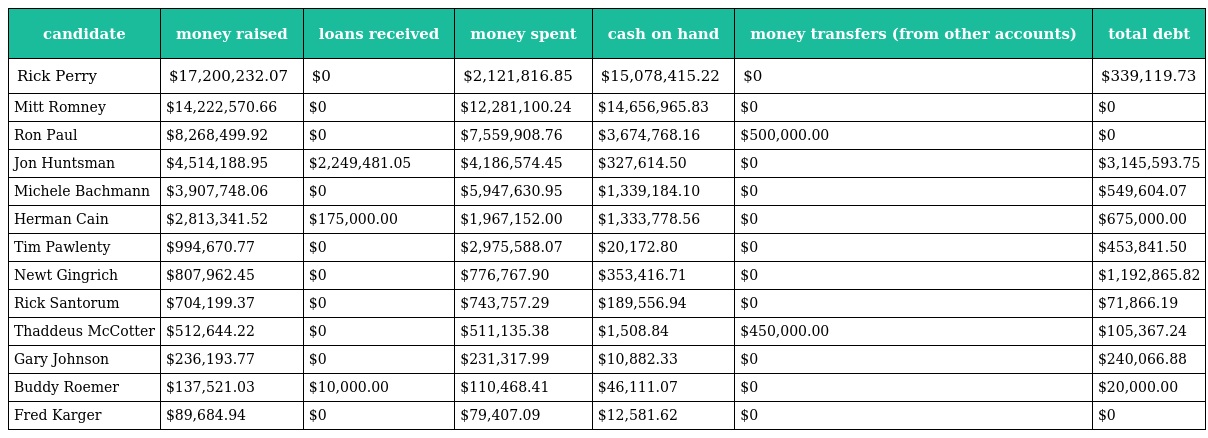
| candidate | money raised | loans received | money spent | cash on hand | money transfers (from other accounts) | total debt |
 | --- | --- | --- | --- | --- | --- | --- |
 | Rick Perry | $17,200,232.07 | $0 | $2,121,816.85 | $15,078,415.22 | $0 | $339,119.73 |
 | Mitt Romney | $14,222,570.66 | $0 | $12,281,100.24 | $14,656,965.83 | $0 | $0 |
 | Ron Paul | $8,268,499.92 | $0 | $7,559,908.76 | $3,674,768.16 | $500,000.00 | $0 |
 | Jon Huntsman | $4,514,188.95 | $2,249,481.05 | $4,186,574.45 | $327,614.50 | $0 | $3,145,593.75 |
 | Michele Bachmann | $3,907,748.06 | $0 | $5,947,630.95 | $1,339,184.10 | $0 | $549,604.07 |
 | Herman Cain | $2,813,341.52 | $175,000.00 | $1,967,152.00 | $1,333,778.56 | $0 | $675,000.00 |
 | Tim Pawlenty | $994,670.77 | $0 | $2,975,588.07 | $20,172.80 | $0 | $453,841.50 |
 | Newt Gingrich | $807,962.45 | $0 | $776,767.90 | $353,416.71 | $0 | $1,192,865.82 |
 | Rick Santorum | $704,199.37 | $0 | $743,757.29 | $189,556.94 | $0 | $71,866.19 |
 | Thaddeus McCotter | $512,644.22 | $0 | $511,135.38 | $1,508.84 | $450,000.00 | $105,367.24 |
 | Gary Johnson | $236,193.77 | $0 | $231,317.99 | $10,882.33 | $0 | $240,066.88 |
 | Buddy Roemer | $137,521.03 | $10,000.00 | $110,468.41 | $46,111.07 | $0 | $20,000.00 |
 | Fred Karger | $89,684.94 | $0 | $79,407.09 | $12,581.62 | $0 | $0 |